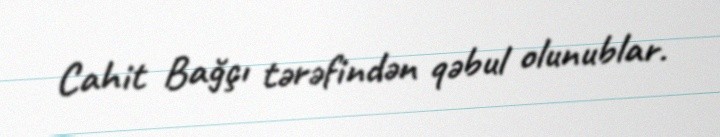
Cahit Bağçı tərəfindən qəbul olunublar.